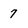
Character: 7